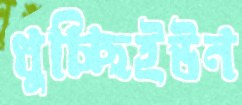
ধুচ্ছিইউন